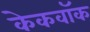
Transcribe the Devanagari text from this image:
केकवॉक